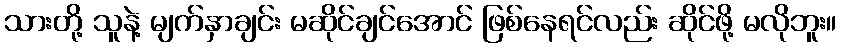
သားတို့ သူနဲ့ မျက်နှာချင်း မဆိုင်ချင်အောင် ဖြစ်နေရင်လည်း ဆိုင်ဖို့ မလိုဘူး။